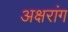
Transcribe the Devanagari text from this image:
अक्षरांग